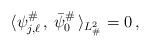
LaTeX: \begin{align*} \langle \psi_{j,\ell}^\# \,, \, \bar \psi_0^\# \, \rangle_{L^2_\#}=0\,,\end{align*}